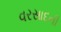
વરસાદની